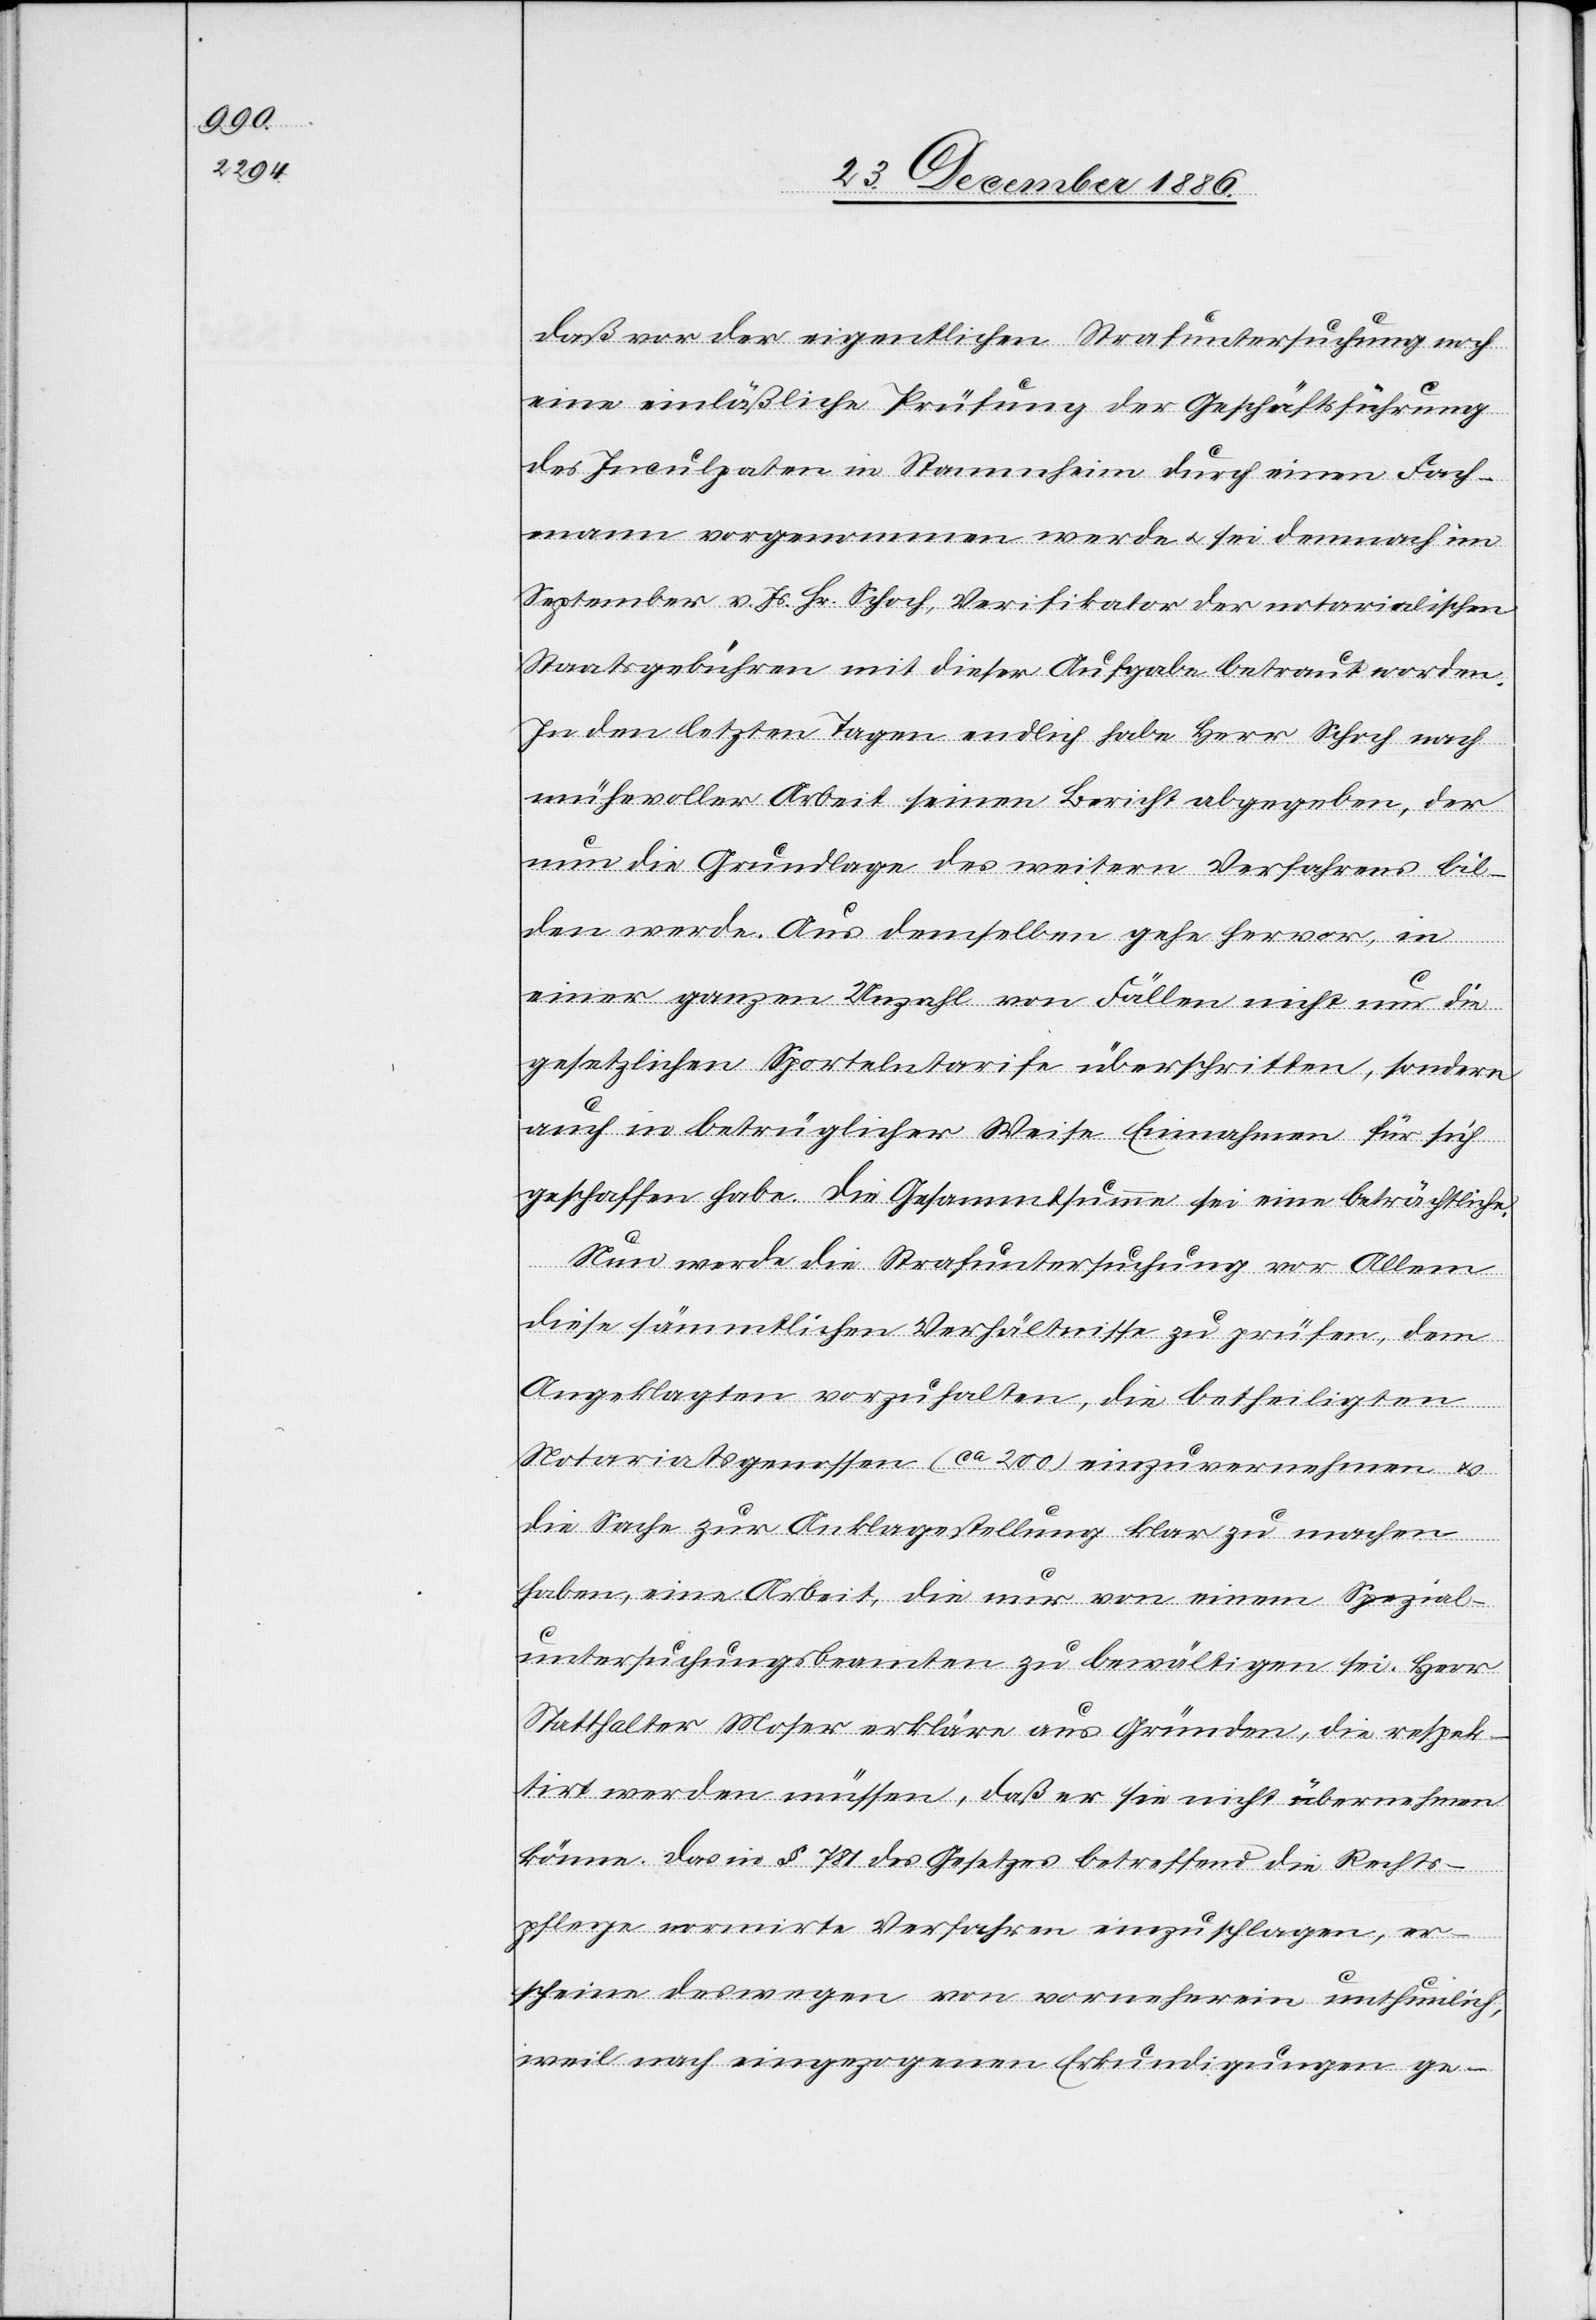
daß vor der eigentlichen Strafuntersuchung noch
eine einläßliche Prüfung der Geschäftsführung
des Inculpaten in Stammheim durch einen Fach¬
mann vorgenommen werde & sei demnach im
September v. Js. Hr. Schoch, Verifikator der notarialischen
Staatsgebühren mit dieser Aufgabe betraut worden.
In den letzten Tagen endlich habe Herr Schoch nach
mühevoller Arbeit seinen Bericht abgegeben, der
nun die Grundlage des weitern Verfahrens bil¬
den werde. Aus demselben gehe hervor, in
einer ganzen Unzahl von Fällen nicht nur die
gesetzlichen Sportelntarife überschritten, sondern
auch in betrüglicher Weise Einnahmen für sich
geschaffen habe [sic!]. Die Gesammtsumme sei eine beträchtliche.
Nun werde die Strafuntersuchung vor Allem
diese sämmtlichen Verhältnisse zu prüfen, dem
Angeklagten vorzuhalten, die betheiligten
Notariatsgenossen (ca 200) einzuvernehmen &
die Sache zur Anklagestellung klar zu machen
haben, eine Arbeit, die nur von einem Spezial¬
untersuchungsbeamten zu bewältigen sei. Herr
Statthalter Moser erkläre aus Gründen, die respek¬
tirt werden müssen, daß er sie nicht übernehmen
könne. Das in § 781 des Gesetzes betreffend die Rechts¬
pflege normirte Verfahren einzuschlagen, er¬
scheine deswegen von vorneherein unthunlich,
weil nach eingezogenen Erkundigungen ge-